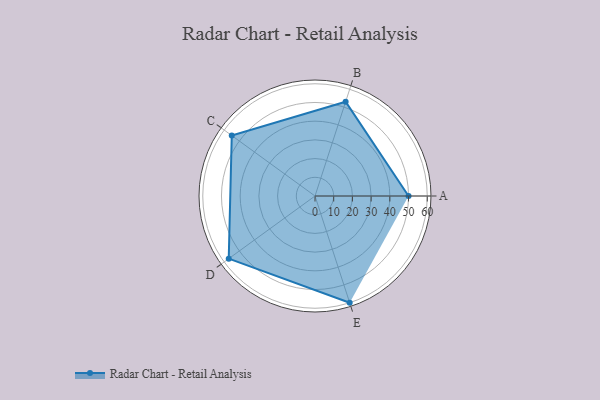
{"axis": {"x": "Skill", "y": "Score"}, "legend": ["Profile"], "data": [{"x": "A", "y": 50.0, "type": "Profile"}, {"x": "B", "y": 53.0, "type": "Profile"}, {"x": "C", "y": 55.0, "type": "Profile"}, {"x": "D", "y": 57.0, "type": "Profile"}, {"x": "E", "y": 60.0, "type": "Profile"}]}